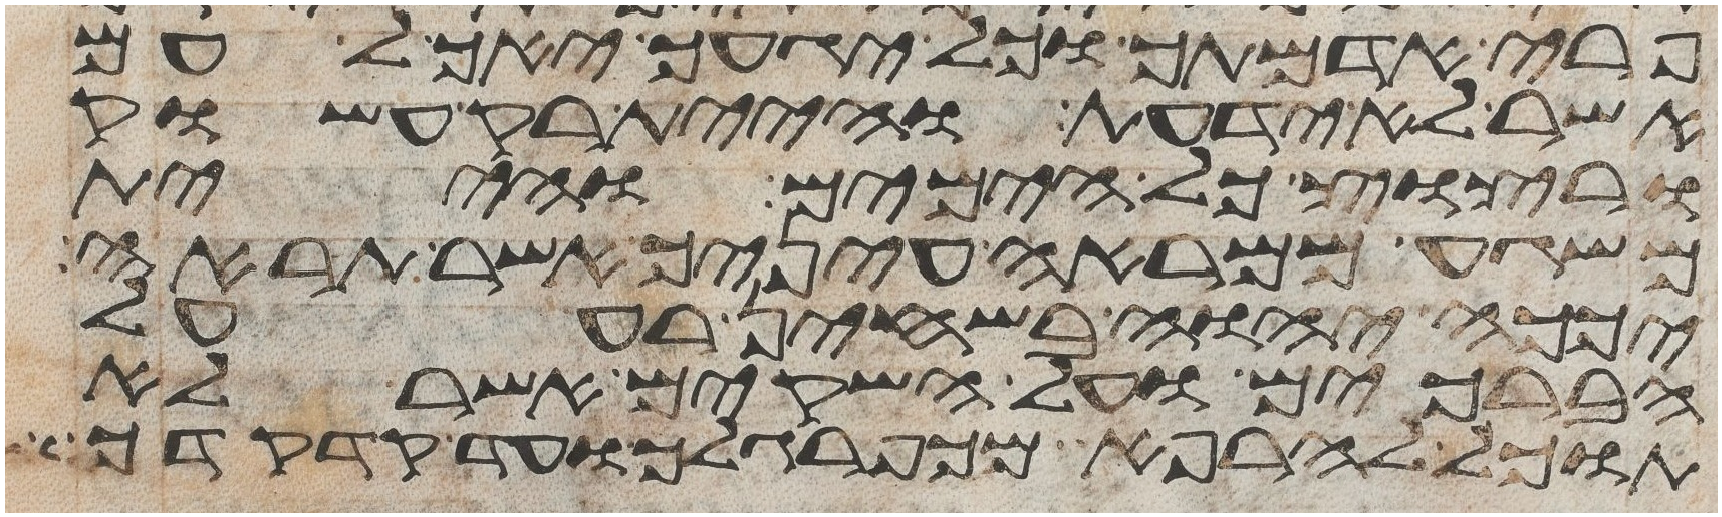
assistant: פרי אדמתך וכל יגעך יאכל עם
אשר לא ידעת והיית רק עשוק
ורצוץ כל הימים והיית
משגע ממראה עיניך אשר תראה
יכך יהוה בשחין רע על
הברכים ועל השקים אשר לא
תוכל להרפא מכף רגלך ועד קדקדך